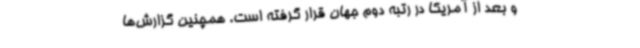
و بعد از آمریکا در رتبه دوم جهان قرار گرفته است. همچنین گزارش‌ها